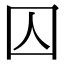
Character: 囚